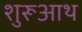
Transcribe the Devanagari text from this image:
शुरूआथ